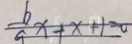
\frac { b } { a } x + x + 1 = 0